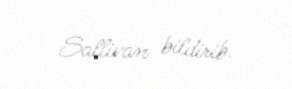
Sallivan bildirib.